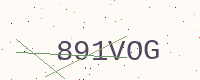
Text: 891VOG